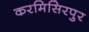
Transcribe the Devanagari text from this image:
करमिसिरपुर